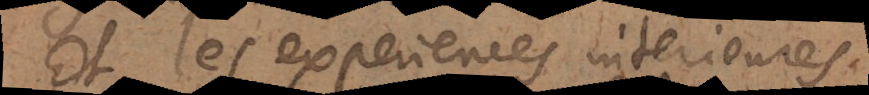
Et les experiences interieures